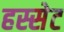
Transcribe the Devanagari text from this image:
हस्सेट